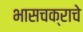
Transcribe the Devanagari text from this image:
भासचक्राचे